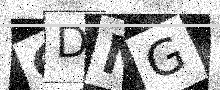
Text: GDNG